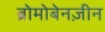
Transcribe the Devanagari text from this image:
ब्रोमोबेनज़ीन